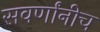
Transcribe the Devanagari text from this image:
सवर्णांनीच